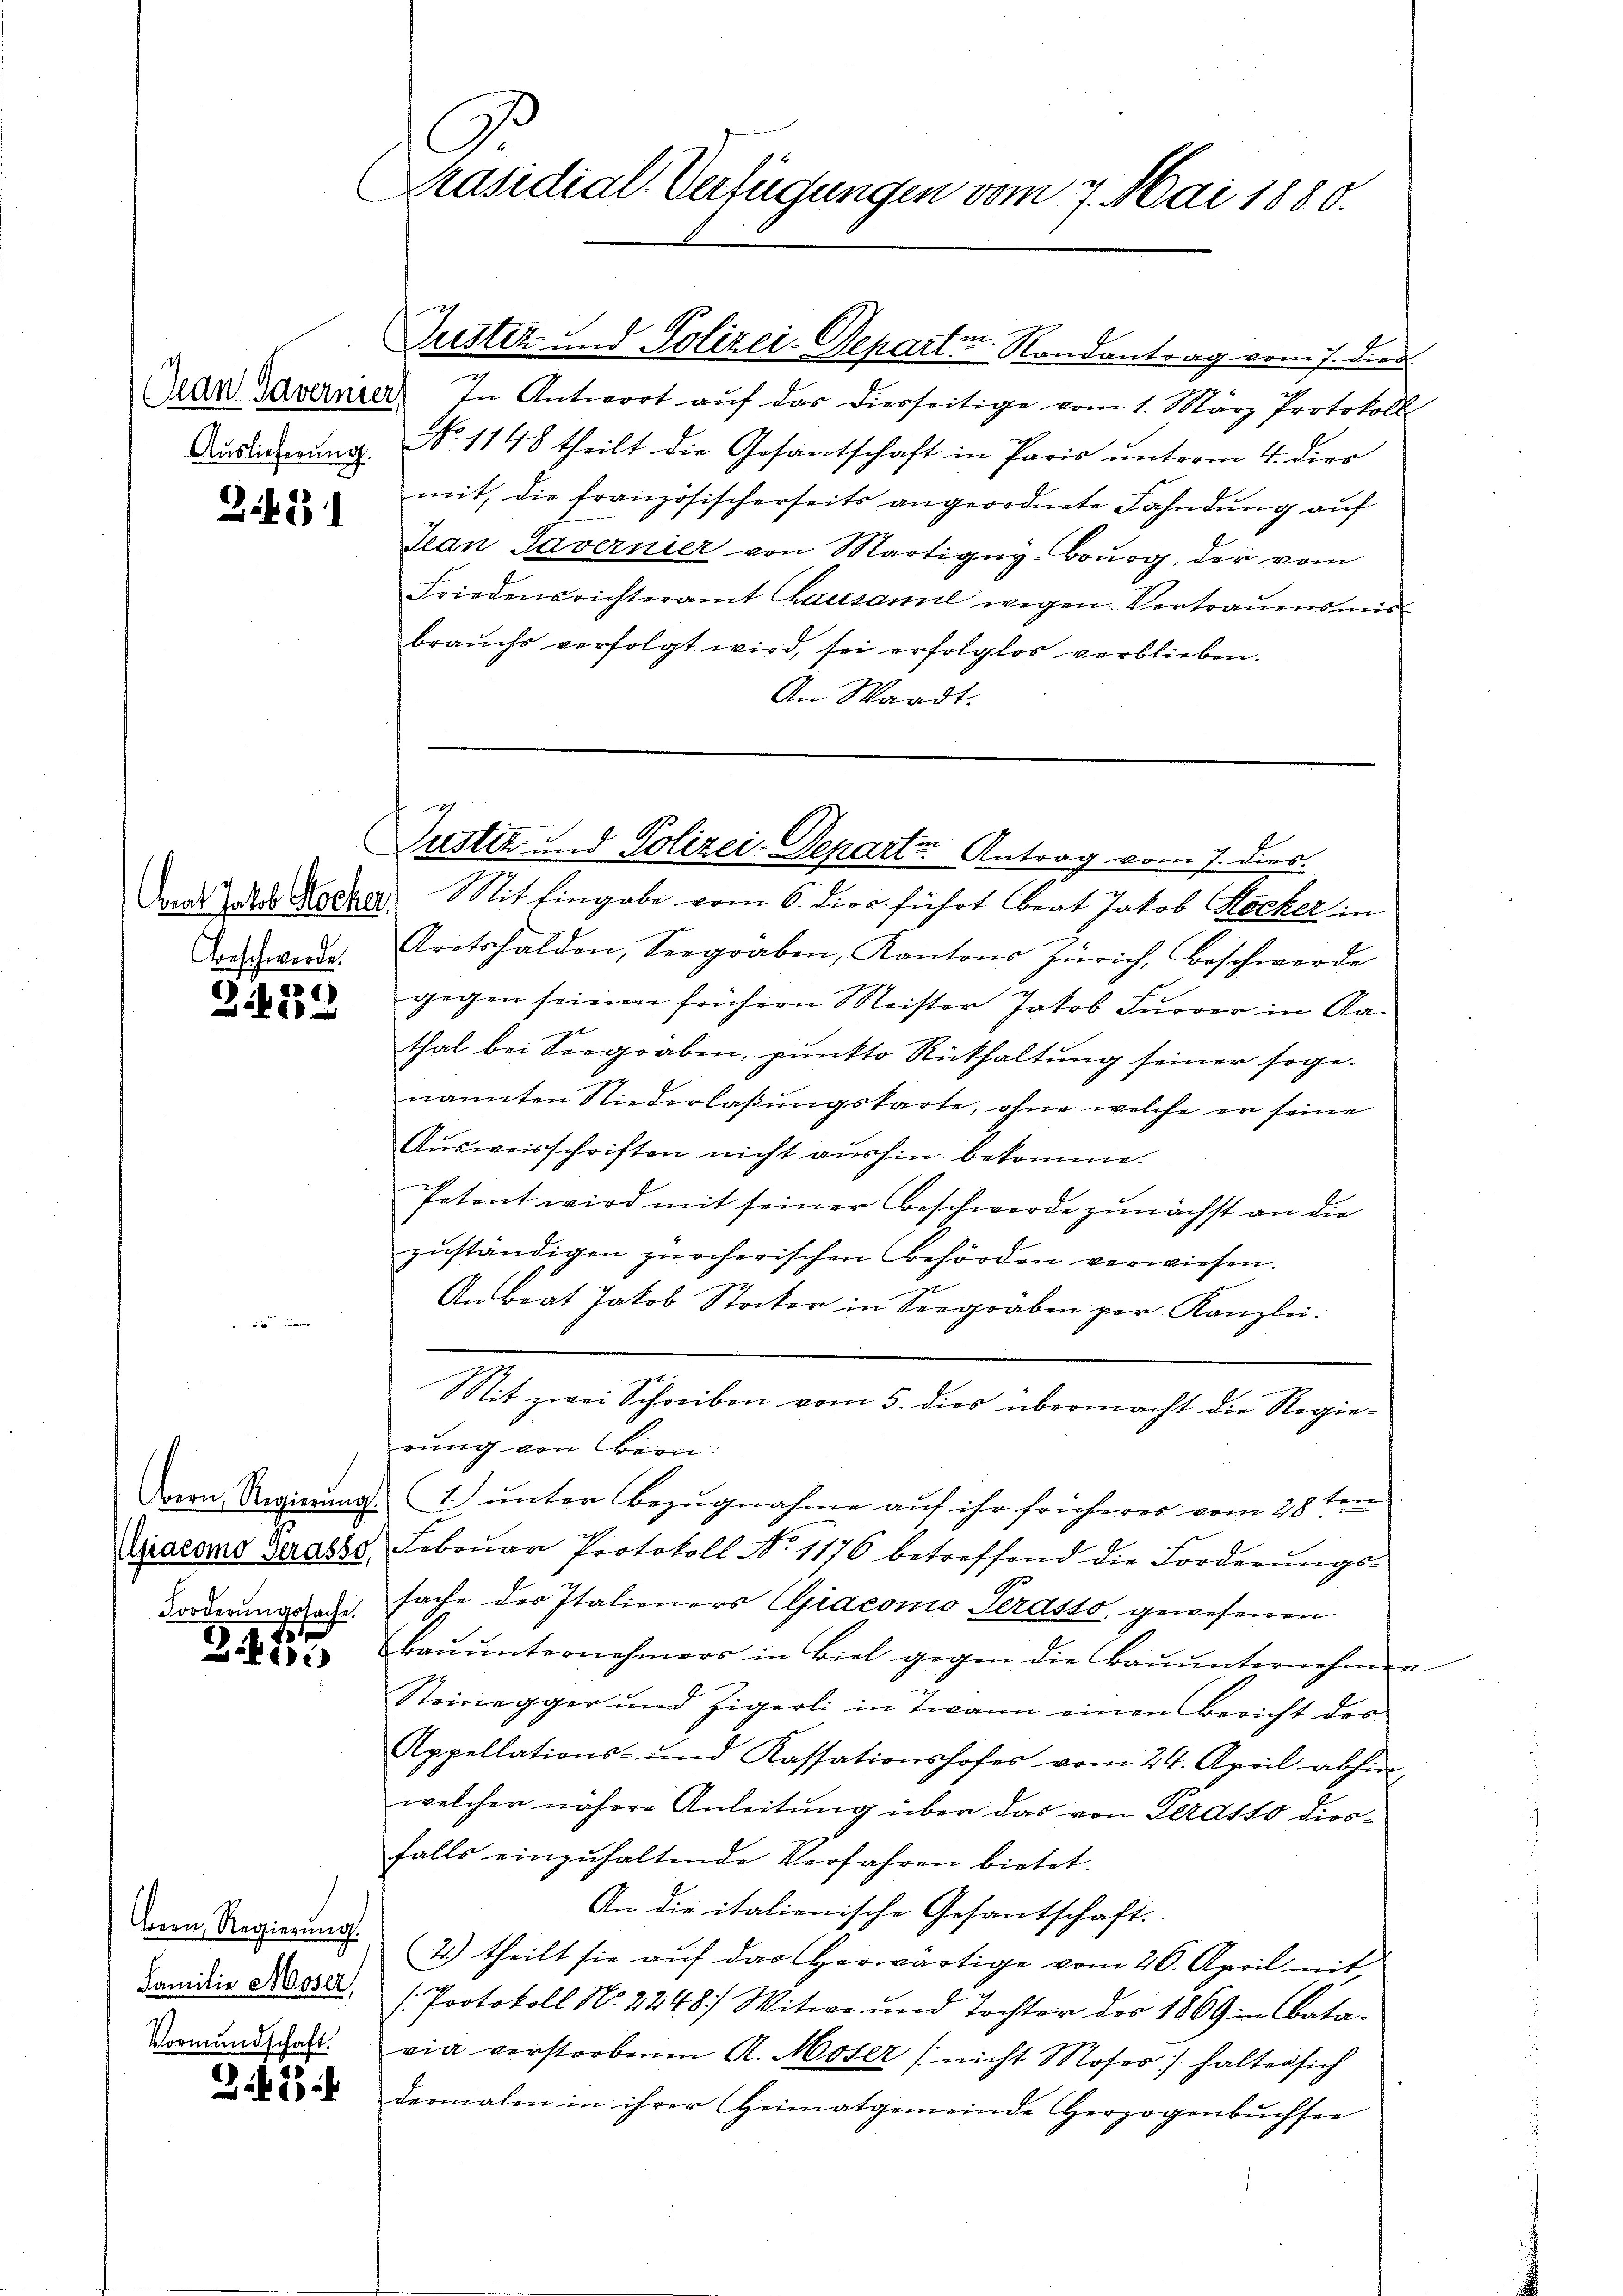
Auslieferung.

2.431

Grat Jakob Stocker,
Vorschwerde.

Z.489

Forderungssache.

1
2405

Bern, Regierung.
Familie Moser,
Vormundschaft.

41

C
Präsidial-Verfügungen vom 7. Mai 1880.

Justiz und Polizei-Departin Randantrag vom 7. die

4
Justiz und Polizei-Departe Antrag vom 7. dies

Mit Eingabe vom 6. dies führt beat Jakob Stocker in
Aretshalden, Seegraben, Kantons Zürich, Beschwerde
gegen seinen frühern Meister Jakob Furrer in Aathal bei Seegraben, punkto Rückhaltung seiner sogenannten Niederlaßungskarte, ohne welche er seine
Ausweisschriften nicht aushin bekomme.
Petent wird mit seiner Beschwerde zunächst an die
zuständigen zürcherischen Behörden verwiesen.
Anbrat Jakob Stocker in Seegräben per Kanzlei.
Mit zwei Schreiben vom 5. dies übermacht die Regierung von Bern:
Dern Regierung (1. unter Bezugnahme auf ihr früheres vom 28 ten
Diacoms Gerasse, Febrŭar Protokoll No 1176 betreffend die Forderŭngs-
sache des Italieners CGiacomo Terdsto, gewesenen
baŭŭnternehmers in Biel gegen die Baŭŭnternehmen
Steinegger und Zigerli in Twann einen Bericht des
Appellations- und Kassationshofes vom 24. April abhin
welcher nähere Anleitung über das von Terasso diesfalls einzŭhaltende Verfahren bietet.
An die italienische Gesantschaft.
4) theilt sie auf das herwärtige vom 26. April mit
1. Protokoll No 2248) Witwe und Tochter der 1869 in Batavia verstorbenen A. Moser (nicht Moser halter sich
dermalen in ihrer Heimatgemeinde Herzogenbŭchsee

Dran Tavernier. In Antwort aŭf das diesseitige vom 1. März Protokoll
No. 1148 theilt die Gesantschaft in Paris unterm 4. dies
mit, die französischerseits angeordnete Fahndung auf
Jean Savernier von Martigny-Bourg, der vom
Friedensrichteramt Chausanne wegen Vertraŭensmis
brauchs verfolgt wird, sei erfolglos verblieben.
An Waadt.